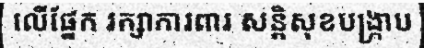
លើផ្នែក រក្សាការពារ សន្តិសុខបង្ក្រាប